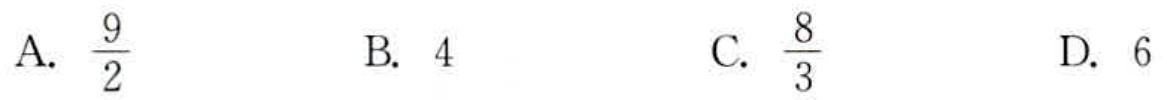
A. $\frac{9}{2}$  B. $4$  C. $\frac{8}{3}$  D. $6$